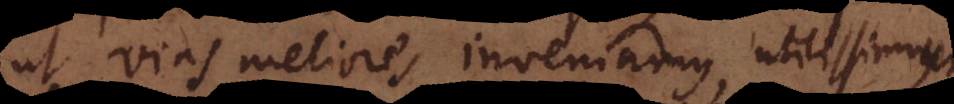
ut vias meliores inveniamus, utilissimum